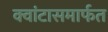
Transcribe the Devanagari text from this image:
क्वांटासमार्फत